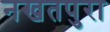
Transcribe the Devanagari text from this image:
नखतपुरा